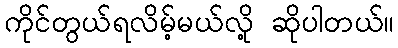
ကိုင်တွယ်ရလိမ့်မယ်လို့ ဆိုပါတယ်။